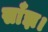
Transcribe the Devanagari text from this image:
साँझ।